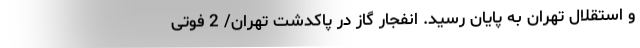
و استقلال تهران به پایان رسید. انفجار گاز در پاکدشت تهران/ 2 فوتی